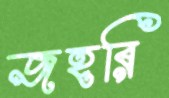
জহরি